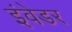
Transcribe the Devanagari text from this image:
इंवेडर